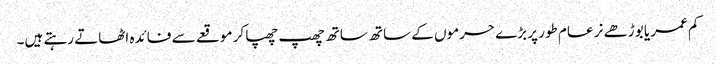
کم عمر یا بوڑھے نر عام طور پر بڑے حرموں کے ساتھ ساتھ چھپ چھپا کر موقعے سے فائدہ اٹھاتے رہتے ہیں۔